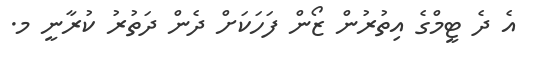
އެ ދެ ޓީމްގެ އިތުރުން ޒޯން ފަހަކަށް ދެން ދަތުރު ކުރާނީ މ.